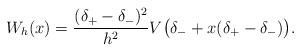
LaTeX: \begin{align*} W_{h} ( x ) = \frac{( \delta_{+} - \delta_{-} )^{2}}{h^{2}} V \big( \delta_{-} + x ( \delta_{+} - \delta_{-} ) \big) .\end{align*}